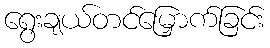
ရွေးချယ်တင်မြှောက်ခြင်း